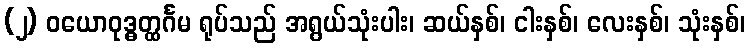
(၂) ဝယောဝုဒ္ဓတ္ထင်္ဂမ ရုပ်သည် အရွယ်သုံးပါး၊ ဆယ်နှစ်၊ ငါးနှစ်၊ လေးနှစ်၊ သုံးနှစ်၊